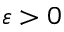
\varepsilon > 0